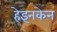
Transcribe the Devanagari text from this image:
हेइनकेन